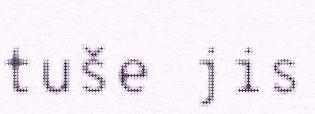
tuše jis